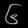
Digit: ၆